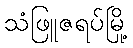
သံဖြူဇရပ်မြို့